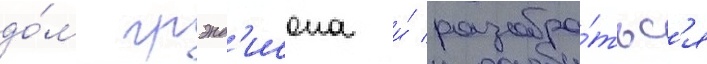
до́м грэнд'исона и́ разобра́тьс'я